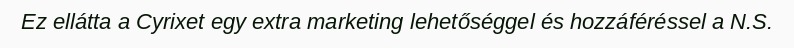
Ez ellátta a Cyrixet egy extra marketing lehetőséggel és hozzáféréssel a N.S.